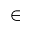
\in